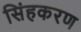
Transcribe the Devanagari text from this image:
सिंहकरण